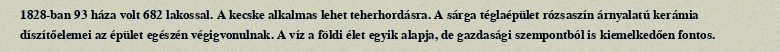
1828-ban 93 háza volt 682 lakossal. A kecske alkalmas lehet teherhordásra. A sárga téglaépület rózsaszín árnyalatú kerámia díszítőelemei az épület egészén végigvonulnak. A víz a földi élet egyik alapja, de gazdasági szempontból is kiemelkedően fontos.